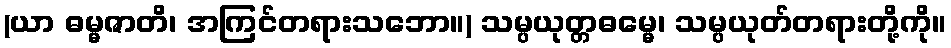
(ယာ ဓမ္မဇာတိ၊ အကြင်တရားသဘော။) သမ္ပယုတ္တဓမ္မေ၊ သမ္ပယုတ်တရားတို့ကို။